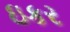
ઇકર